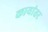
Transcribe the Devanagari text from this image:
कायांतर